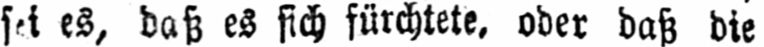
es, daß es sich fürchtete, oder daß die